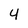
Character: 4